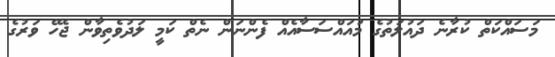
މަސައްކަތް ކުރާނެ ދައުލަތުގެ މުއައްސަސާއެއް ފެންނަން ނެތް ކަމީ ލަދުވެތިވާން ޖެހޭ ވަރުގެ